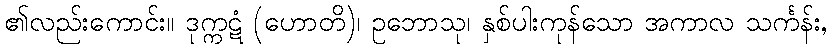
၏လည်းကောင်း။ ဒုက္ကဋံ (ဟောတိ)၊ ဥဘောသု၊ နှစ်ပါးကုန်သော အကာလ သင်္ကန်း,